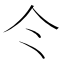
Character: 仒